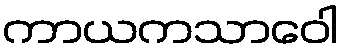
ကာယကသာဝေါ